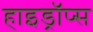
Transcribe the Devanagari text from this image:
हाइड्रॉप्स